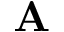
\mathbf { A }